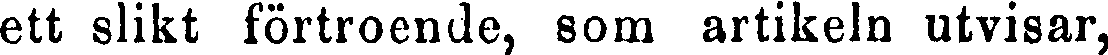
ett slikt förtroende, som artikeln utvisar,